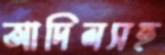
আদিলসহ